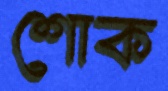
শোক